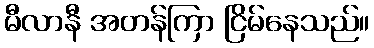
မီလာနီ အတန်ကြာ ငြိမ်နေသည်။